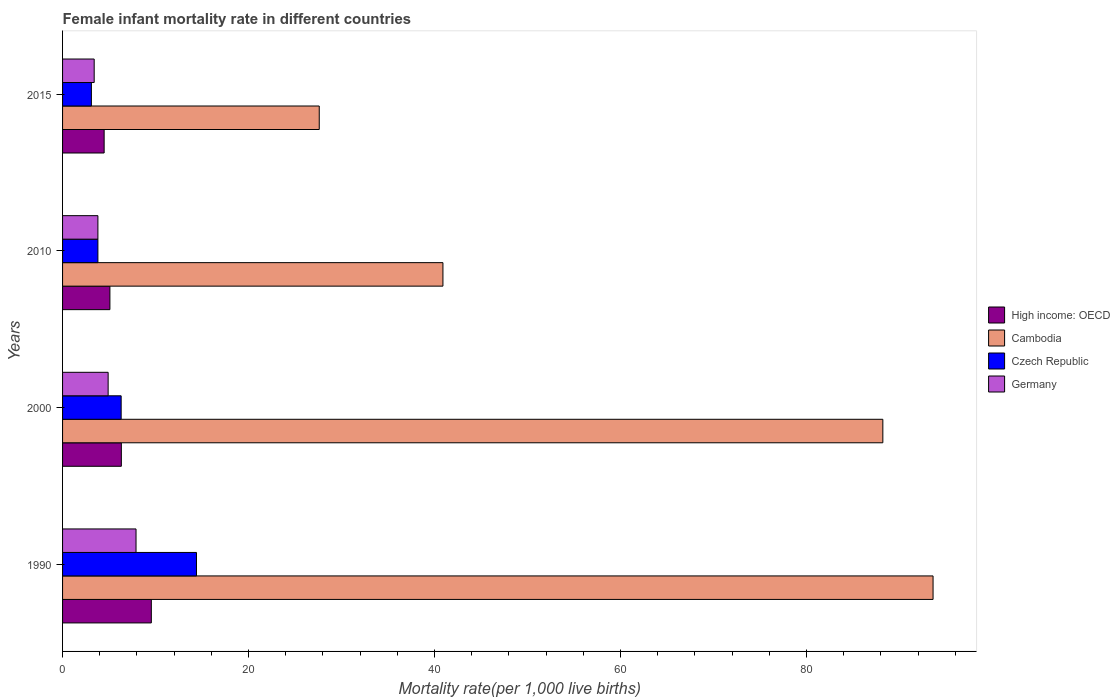
| Years | High income: OECD | Cambodia | Czech Republic | Germany |
 | --- | --- | --- | --- | --- |
 | 1990 | 9.54 | 93.6 | 14.4 | 7.9 |
 | 2000 | 6.32 | 88.2 | 6.3 | 4.9 |
 | 2010 | 5.09 | 40.9 | 3.8 | 3.8 |
 | 2015 | 4.47 | 27.6 | 3.1 | 3.4 |